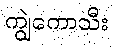
ကျွဲကောသီး